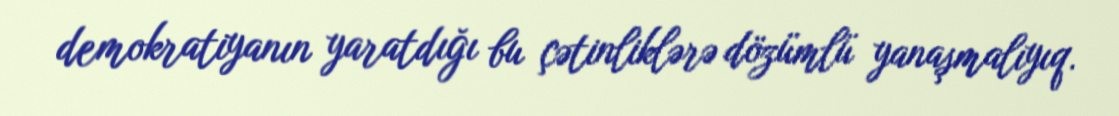
demokratiyanın yaratdığı bu çətinliklərə dözümlü yanaşmalıyıq.